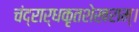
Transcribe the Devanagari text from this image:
चंद्रार्धकृतशेखराम्‌।